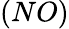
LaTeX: (NO)